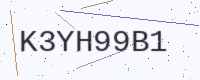
Text: K3YH99B1